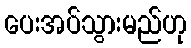
ပေးအပ်သွားမည်ဟု